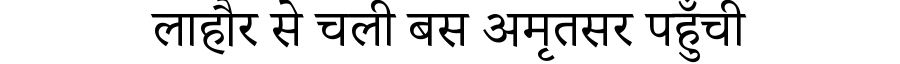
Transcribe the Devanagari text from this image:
लाहौर से चली बस अमृतसर पहुँची